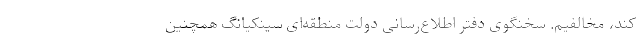
کند، مخالفیم. سخنگوی دفتر اطلاع‌رسانی دولت منطقه‌ای سینکیانگ همچنین